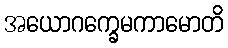
အယောဂက္ခေမကာမောတိ